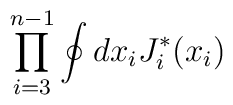
\prod_{i=3}^{n-1} \oint dx_i J_i^* (x_i )